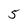
Character: 5